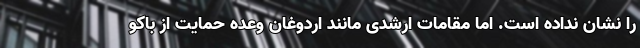
را نشان نداده است. اما مقامات ارشدی مانند اردوغان وعده حمایت از باکو